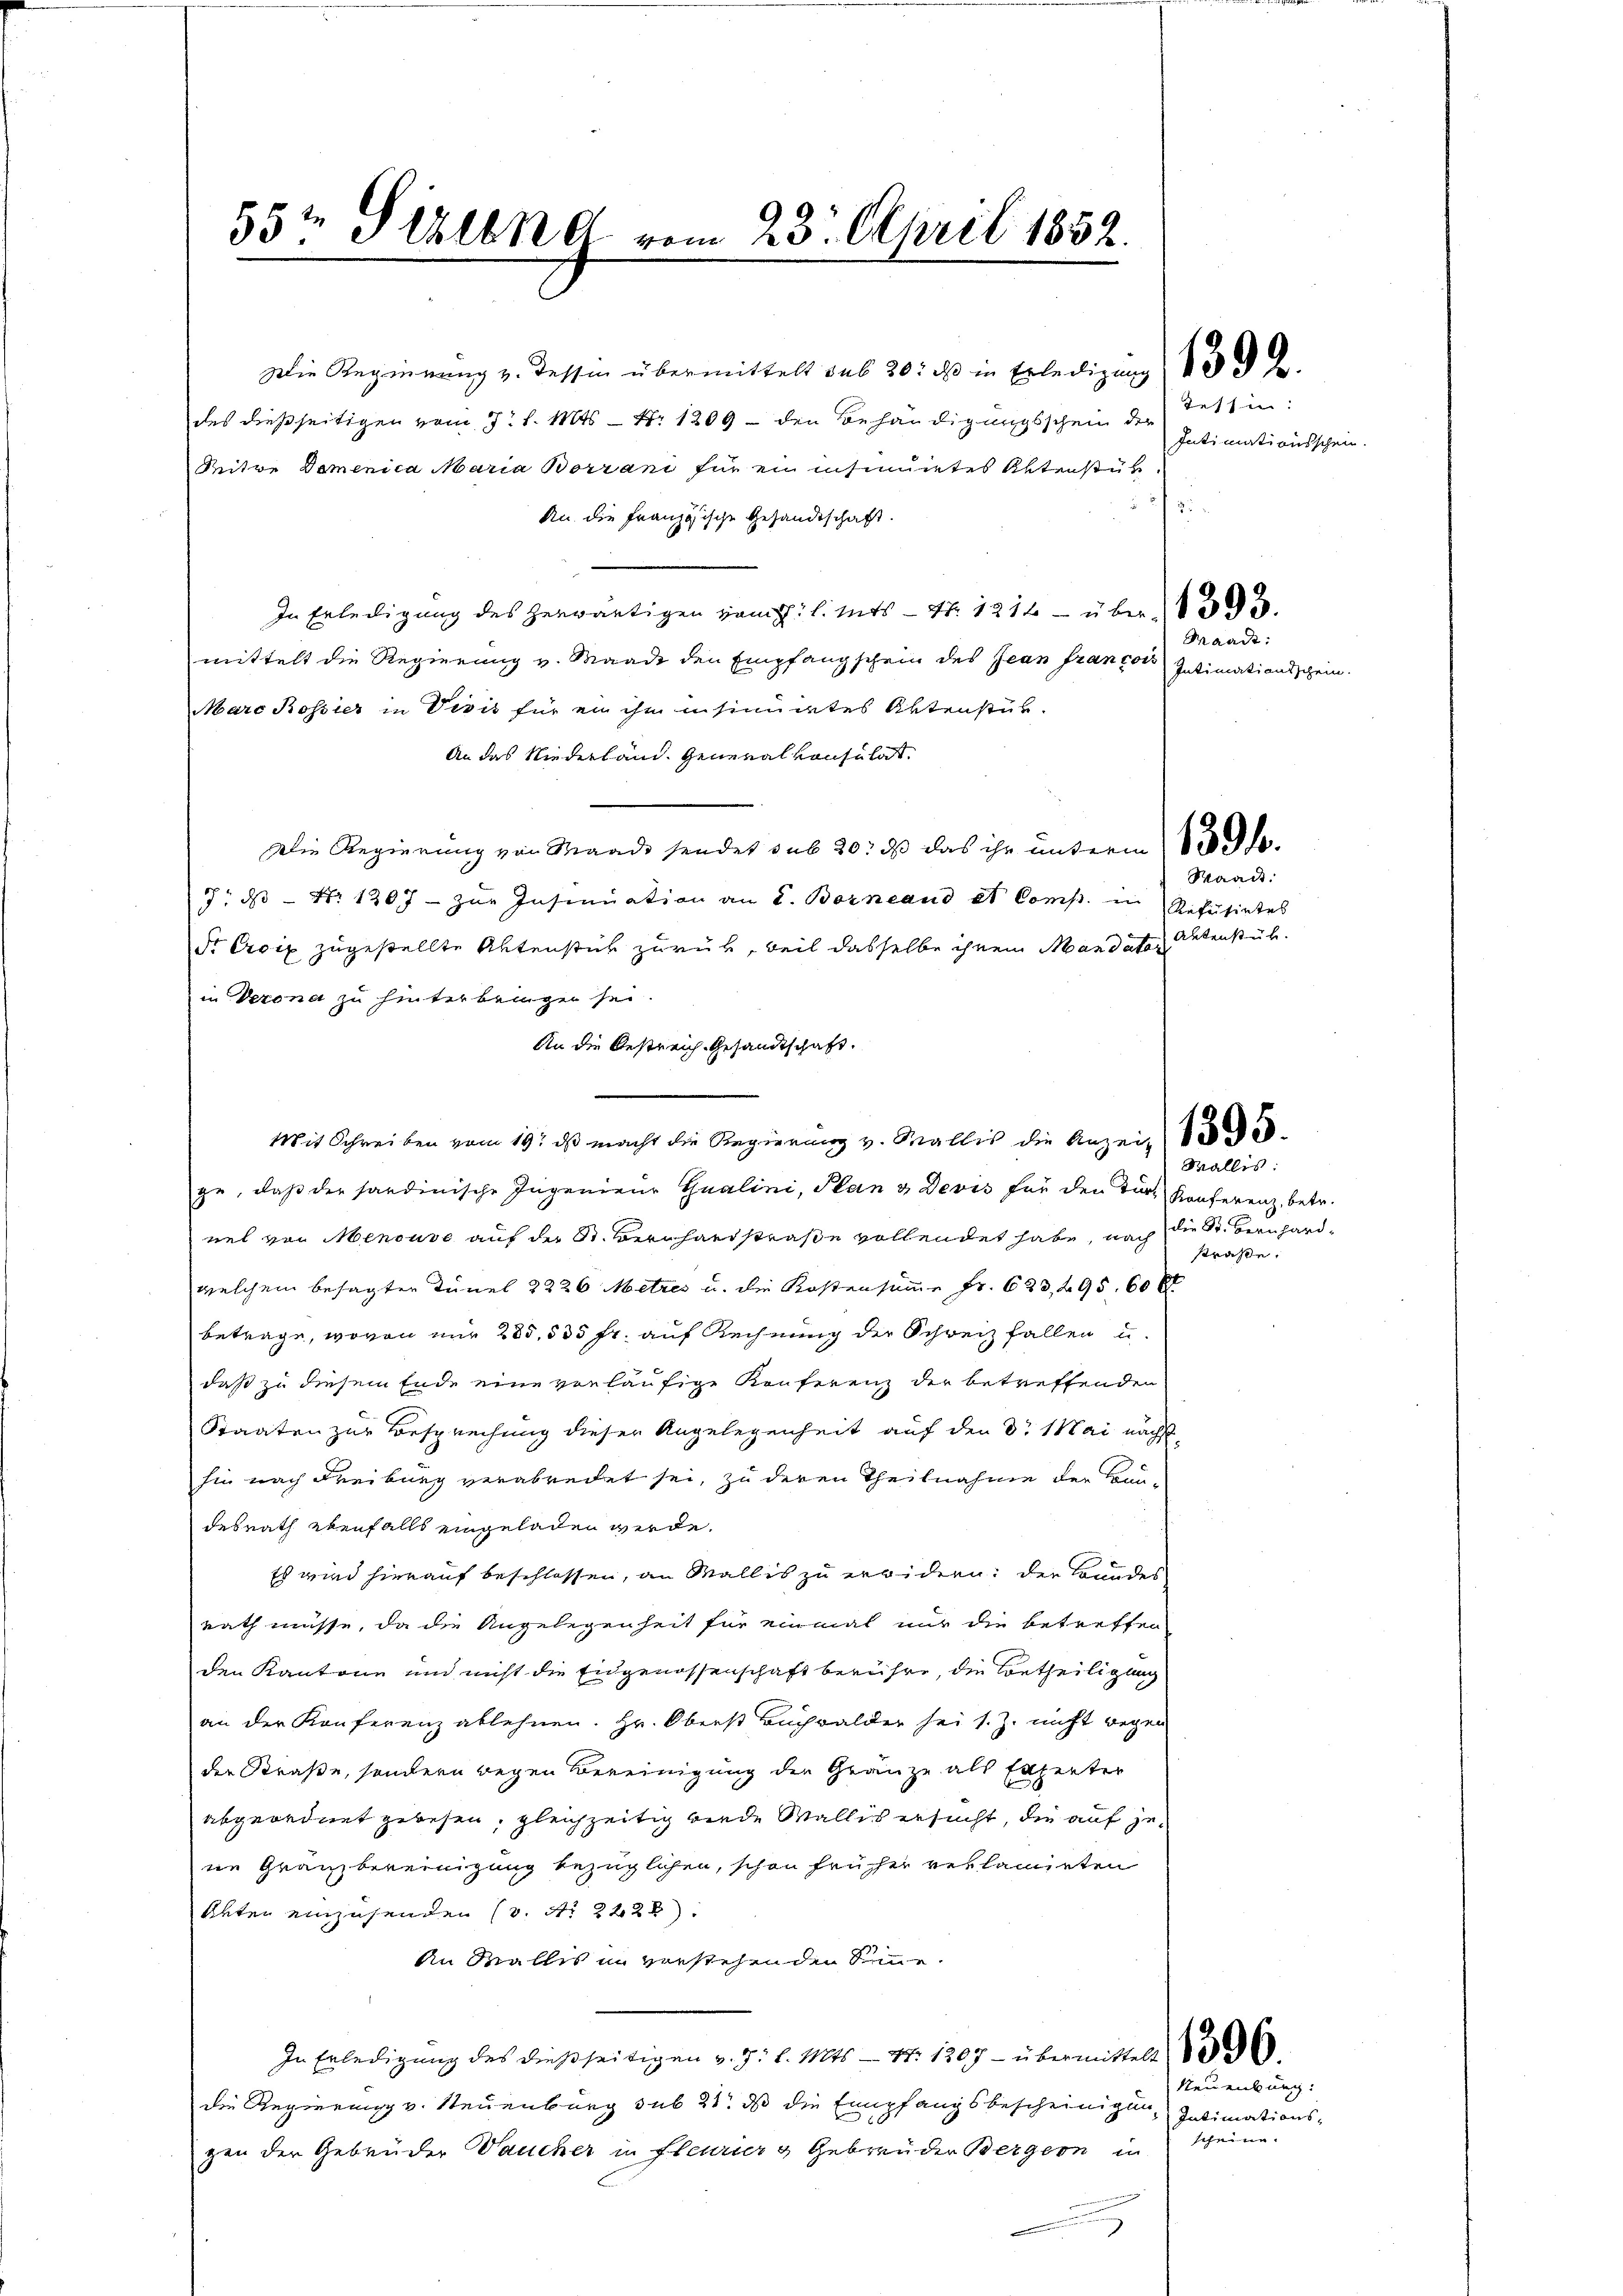
Die Regierung v. Tessin übermittelt das 20. ds in Erledigung 13.
des dießseitigen vom 7. d. Mts. — Nr 1209 - den Behändigungsschein der
Meitwe Domenica Maria Borrani für ein insinuietes Alterstüt¬
An die Französische Gesandtschaft.
In Erledigung des herwärtigen vom J. l. Mts. — Nr. 1212 - über 193.
mittelt die Regierung v. Waadt den Empfangschein des Jean francois Intimationsschein.
Marc Rossier in Visis für ein ihm insinuiirtes Aktenstük-
An das Niederland. Generalkonsulat
Die Regierung von Waadt sendet sub 20. ds das ihr unterm 12 l.
7. ds Nr. 1307 - zur Insinuation an d. Borneaus et Comp. in Refŭsirtes
Sr Croix zugestellte Aktenstück zurück, weil dasselbe ihrem Mandata detenstück.
in Verona zu hinterbringen sei.
An die Bestreich Gesandtschaft.
ge, daß der sandinische Ingenieur Gualini, Plan & Devis für den Turt Konferenz, betr.
nel von Menouve auf der St. Bernhardstraße vollendet habe, nach die St. Bernhardwelchem besagter Tünel 2226 Metzes u. die Kostensumme Fr. 633, 495. 60 rt
betrage, wovon nur 285, 535 fr. auf Rechnung der Schweiz fallen u.
daß zu diesem Ende eine vorläufige Konferenz der betreffenden
Staaten zur Besprechung dieser Angelegenheit auf den d. Mai nächsthin nach Freiburg verabredet sei, zu deren Theilnahme der Bau-
desrath ebenfalls eingeladen werde.
Es wird hierauf beschlossen, an Wallis zu erwidern: der Bundes
rath müsse, da die Angelegenheit für einmal nur die betreffen
den Kantone und nicht die Eidgenossenschaft berühre, die Vortheiligung
an der Konferenz ablehnen. Hr. Oberst Buchwalder sei s. Z. nicht wegen
der Straße, sondern wegen Bereinigung der Gränze als Experter
abgeordnet gewesen, gleichzeitig wiede Wallis ersucht, die auf jene Gränzbereinigung bezüglichen, schon früher reklamirten
Unter einzusenden (v. No 2228).
An Stallis in verstehenden Simme.
In Erledigung des dießseitigen v. J. l. Mts. — Nr. 1207 - übermittelt
die Regierung v. Neuenburg sub 21. ds die Empfangsbescheinigung Intimationsgen der Gebrüder aucher in fleurier & Gebrüder Bergern in

55t Stilend vom 23. April 1832.

Mit Schreiben vom 19. ds macht die Regierung v. Wallis die Anzei

Tessin:
Intimationsschein.

Waadt:

Waadt:

Wallis:
straße.

Neuenburg: